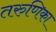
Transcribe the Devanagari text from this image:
तरुणिका